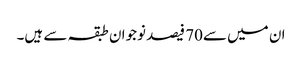
ان میں سے70 فیصد نوجوان طبقہ سے ہیں۔